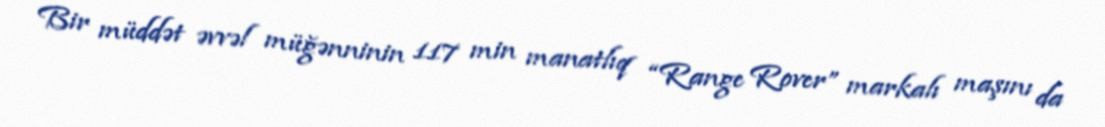
Bir müddət əvvəl müğənninin 117 min manatlıq “Range Rover” markalı maşını da